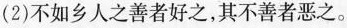
(2)不如乡人之善者好之，其不善者恶之。